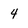
Character: 4